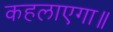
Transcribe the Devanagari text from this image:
कहलाएगा॥